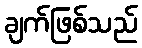
ချက်ဖြစ်သည်